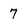
Character: 7